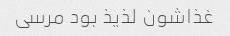
غذاشون لذیذ بود مرسی